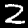
Label: 2